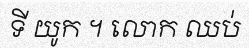
ទី យូក ។ លោក ឈប់